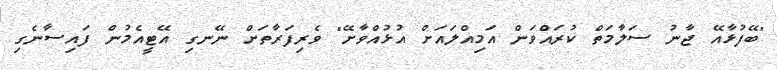
"ބޭފުޅާއޭ ޖާނު ސަލާމަތް ކުރައްވަން އަމިއްލައަށް އުޅުއްވާށޭ" ވެރިފަރާތަށް ނޭނގި އޭޓީއެމުން ފައިސާނެގި